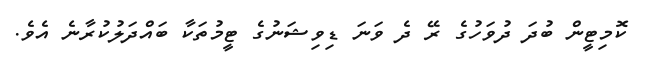
ކޮމިޓީން ބުދަ ދުވަހުގެ ރޭ ދެ ވަނަ ޑިވިޝަނުގެ ޓީމުތަކާ ބައްދަލުކުރާނެ އެވެ.